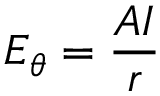
E _ { \theta } = { \frac { A I } { r } }